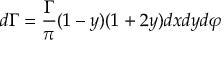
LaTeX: d \Gamma = { \frac { \Gamma } { \pi } } ( 1 - y ) ( 1 + 2 y ) d x d y d \varphi